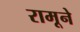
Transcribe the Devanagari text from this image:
रामूने